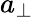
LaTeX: a_{\bot}